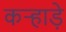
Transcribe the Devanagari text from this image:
कऱ्हाड़े